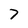
Character: 7